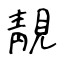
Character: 靚